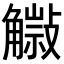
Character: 𧤿